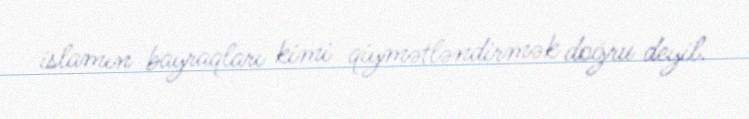
islamın bayraqları kimi qiymətləndirmək doğru deyil.